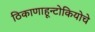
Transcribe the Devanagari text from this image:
ठिकाणाहून्टोकियोचे